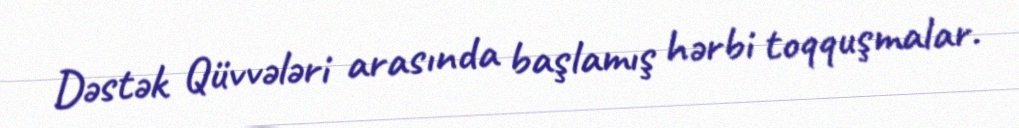
Dəstək Qüvvələri arasında başlamış hərbi toqquşmalar.